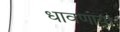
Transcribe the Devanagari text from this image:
धावणार्या